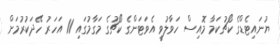
ޔުނައިޓެޑްގެ ކޯޗުކަމާ މޮއިސް ހަވާލުވީ އެވަޓަންގެ ކޯޗުގެ މަގާމުގައި 11 އަހަރު ހޭދަކުރުމަށް